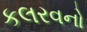
કલરવનો